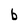
Character: b